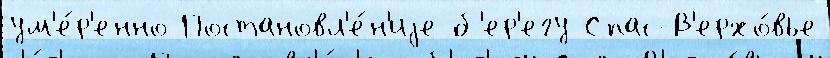
ум'е́р'енно Постановл'е́н'иjе б'ер'егу Спас-В'ерхо́вье